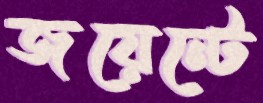
জয়েন্টে